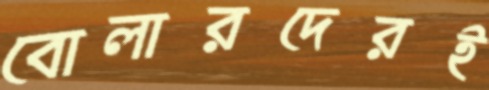
বোলারদেরই